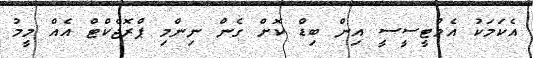
އެކަމަކު އެމްޓީސީސީ އިން ބިޑް ކޮށް ގެން ނިންމި ޕްރޮޖެކްޓް އެއް މީމު